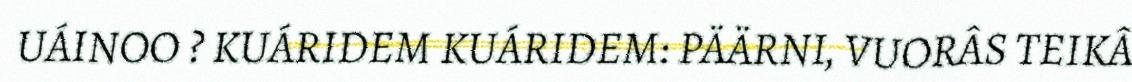
UÁINOO ? KUÁRIDEM KUÁRIDEM: PÄÄRNI, VUORÂS TEIKÂ